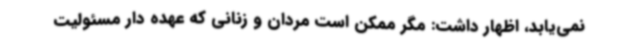
نمی‌یابد، اظهار داشت: مگر ممکن است مردان و زنانی که عهده دار مسئولیت